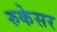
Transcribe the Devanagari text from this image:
रुकेसर